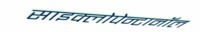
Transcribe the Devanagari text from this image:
साइक्लोपेन्टानॉल